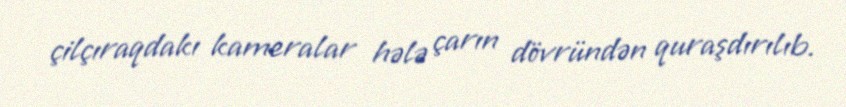
çilçıraqdakı kameralar hələ çarın dövründən quraşdırılıb.